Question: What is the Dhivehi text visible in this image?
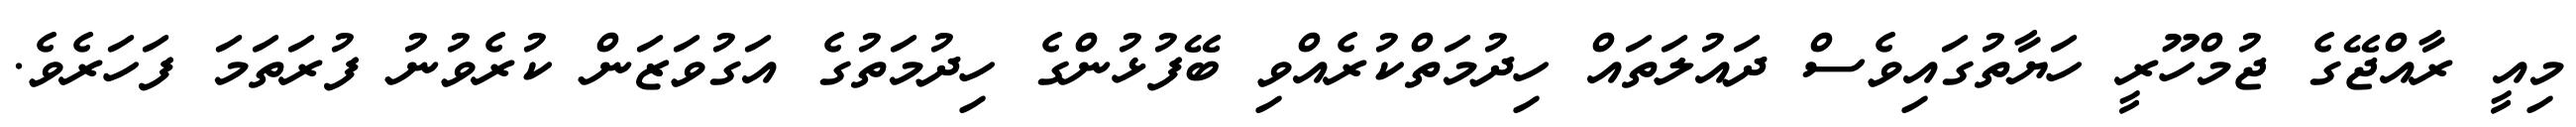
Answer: މިއީ ރާއްޖޭގެ ޖުމްހޫރީ ހަޔާތުގައިވެސް ދައުލަތައް ހިދުމަތްކުރެއްވި ބޭފުޅުންގެ ހިދުމަތުގެ އަގުވަޒަން ކުރެވުނު ފުރަތަމަ ފަހަރެވެ.